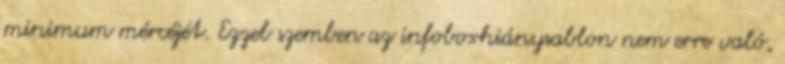
minimum mércéjét. Ezzel szemben az infoboxhiánysablon nem erre való,